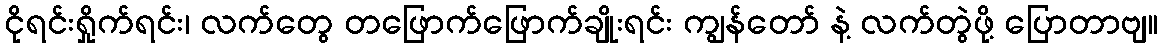
ငိုရင်းရှိုက်ရင်း၊ လက်တွေ တဖြောက်ဖြောက်ချိုးရင်း ကျွန်တော် နဲ့ လက်တွဲဖို့ ပြောတာဗျ။